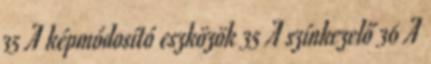
35 A képmódosító eszközök 35 A színkezelő 36 A